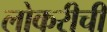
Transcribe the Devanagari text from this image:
लोकरीची